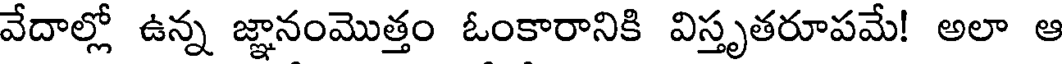
వేదాల్లో ఉన్న జ్ఞానంమొత్తం ఓంకారానికి విస్తృతరూపమే! అలా ఆ